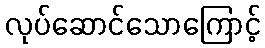
လုပ်ဆောင်သောကြောင့်